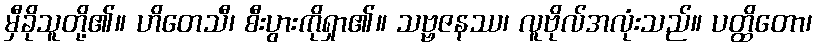
မှီခိုသူတို့၏။ ဟိတေသီ၊ စီးပွားကိုရှာ၏။ သဗ္ဗဇနဿ၊ လူဗိုလ်အလုံးသည်။ ပတ္ထိတော၊